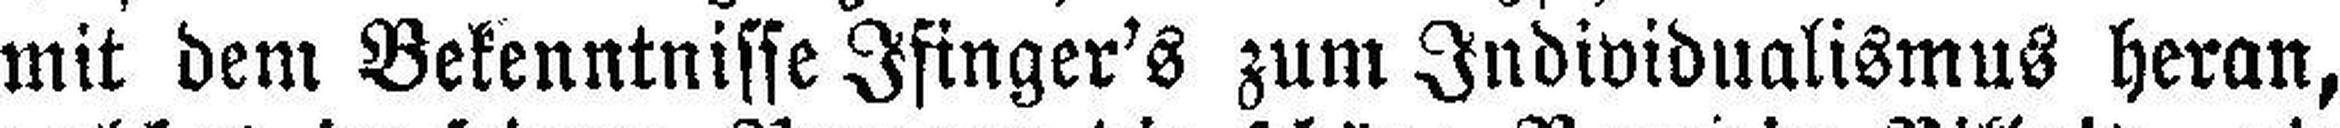
mit dem Bekenntnisse Ifinger's zum Individualismus heran,